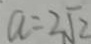
a = 2 \sqrt { 2 }